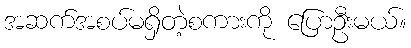
အဆက်အစပ်မရှိတဲ့စကားကို ပြောဦးမယ်။